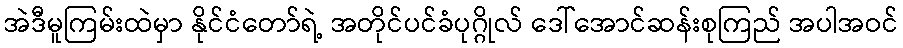
အဲဒီမူကြမ်းထဲမှာ နိုင်ငံတော်ရဲ့ အတိုင်ပင်ခံပုဂ္ဂိုလ် ဒေါ်အောင်ဆန်းစုကြည် အပါအဝင်